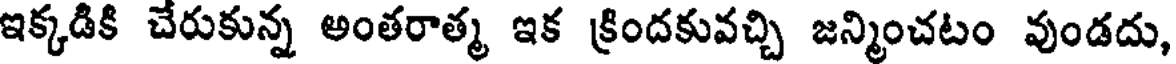
ఇక్కడికి చేరుకున్న అంతరాత్మ ఇక క్రిందకువచ్చి జన్మించటం వుండదు,